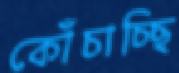
কোঁচাচ্ছি